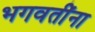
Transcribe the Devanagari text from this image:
भगवतींना